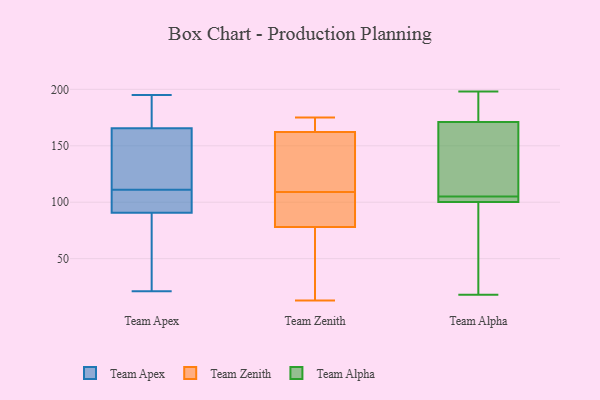
{"axis": {"x": "Active Users", "y": "Value"}, "legend": ["Team Alpha", "Team Apex", "Team Zenith"], "data": [{"x": "", "y": 115, "type": "Team Apex"}, {"x": "", "y": 98, "type": "Team Apex"}, {"x": "", "y": 175, "type": "Team Apex"}, {"x": "", "y": 149, "type": "Team Apex"}, {"x": "", "y": 173, "type": "Team Apex"}, {"x": "", "y": 105, "type": "Team Apex"}, {"x": "", "y": 144, "type": "Team Apex"}, {"x": "", "y": 195, "type": "Team Apex"}, {"x": "", "y": 171, "type": "Team Apex"}, {"x": "", "y": 74, "type": "Team Apex"}, {"x": "", "y": 61, "type": "Team Apex"}, {"x": "", "y": 171, "type": "Team Apex"}, {"x": "", "y": 76, "type": "Team Apex"}, {"x": "", "y": 120, "type": "Team Apex"}, {"x": "", "y": 90, "type": "Team Apex"}, {"x": "", "y": 107, "type": "Team Apex"}, {"x": "", "y": 93, "type": "Team Apex"}, {"x": "", "y": 21, "type": "Team Apex"}, {"x": "", "y": 111, "type": "Team Apex"}, {"x": "", "y": 144, "type": "Team Zenith"}, {"x": "", "y": 79, "type": "Team Zenith"}, {"x": "", "y": 75, "type": "Team Zenith"}, {"x": "", "y": 152, "type": "Team Zenith"}, {"x": "", "y": 13, "type": "Team Zenith"}, {"x": "", "y": 109, "type": "Team Zenith"}, {"x": "", "y": 172, "type": "Team Zenith"}, {"x": "", "y": 175, "type": "Team Zenith"}, {"x": "", "y": 172, "type": "Team Zenith"}, {"x": "", "y": 83, "type": "Team Zenith"}, {"x": "", "y": 67, "type": "Team Zenith"}, {"x": "", "y": 159, "type": "Team Zenith"}, {"x": "", "y": 100, "type": "Team Zenith"}, {"x": "", "y": 18, "type": "Team Alpha"}, {"x": "", "y": 177, "type": "Team Alpha"}, {"x": "", "y": 169, "type": "Team Alpha"}, {"x": "", "y": 104, "type": "Team Alpha"}, {"x": "", "y": 119, "type": "Team Alpha"}, {"x": "", "y": 95, "type": "Team Alpha"}, {"x": "", "y": 103, "type": "Team Alpha"}, {"x": "", "y": 198, "type": "Team Alpha"}, {"x": "", "y": 80, "type": "Team Alpha"}, {"x": "", "y": 105, "type": "Team Alpha"}, {"x": "", "y": 102, "type": "Team Alpha"}, {"x": "", "y": 132, "type": "Team Alpha"}, {"x": "", "y": 193, "type": "Team Alpha"}]}